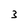
Character: 3